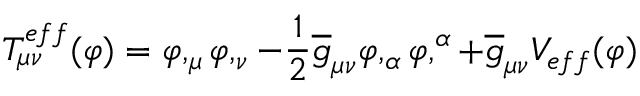
T _ { \mu \nu } ^ { e f f } ( \varphi ) = \varphi , _ { \mu } \varphi , _ { \nu } - \frac { 1 } { 2 } \overline { { { g } } } _ { \mu \nu } \varphi , _ { \alpha } \varphi , ^ { \alpha } + \overline { { { g } } } _ { \mu \nu } V _ { e f f } ( \varphi )